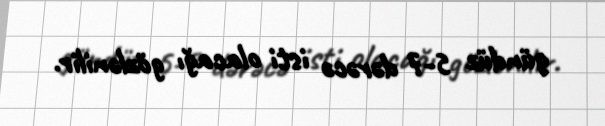
gündüz 5-7 dərəcə isti olacağı gözlənilir.